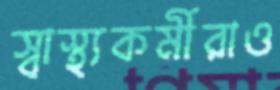
স্বাস্থ্যকর্মীরাও